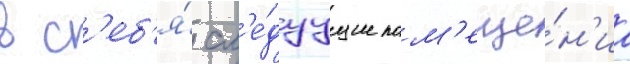
в с'еб'я́ сл'е́дуущие пом'еще́н'иа